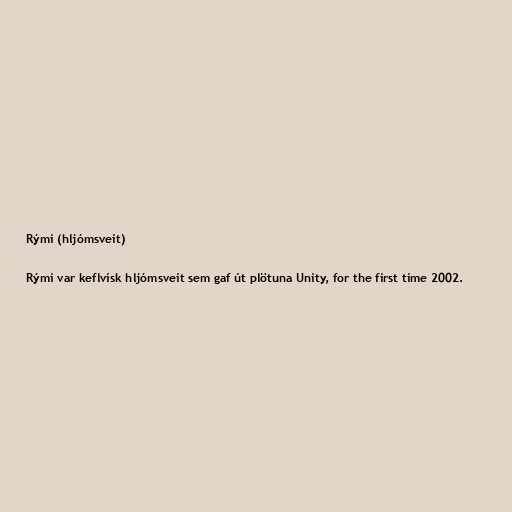
Rými (hljómsveit)

Rými var keflvísk hljómsveit sem gaf út plötuna Unity, for the first time 2002.